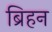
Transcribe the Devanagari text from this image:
ब्रिहन